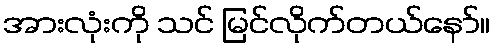
အားလုံးကို သင် မြင်လိုက်တယ်နော်။